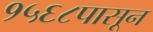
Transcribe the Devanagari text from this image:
१५६८पासून